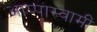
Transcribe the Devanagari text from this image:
आप्पास्वामीं